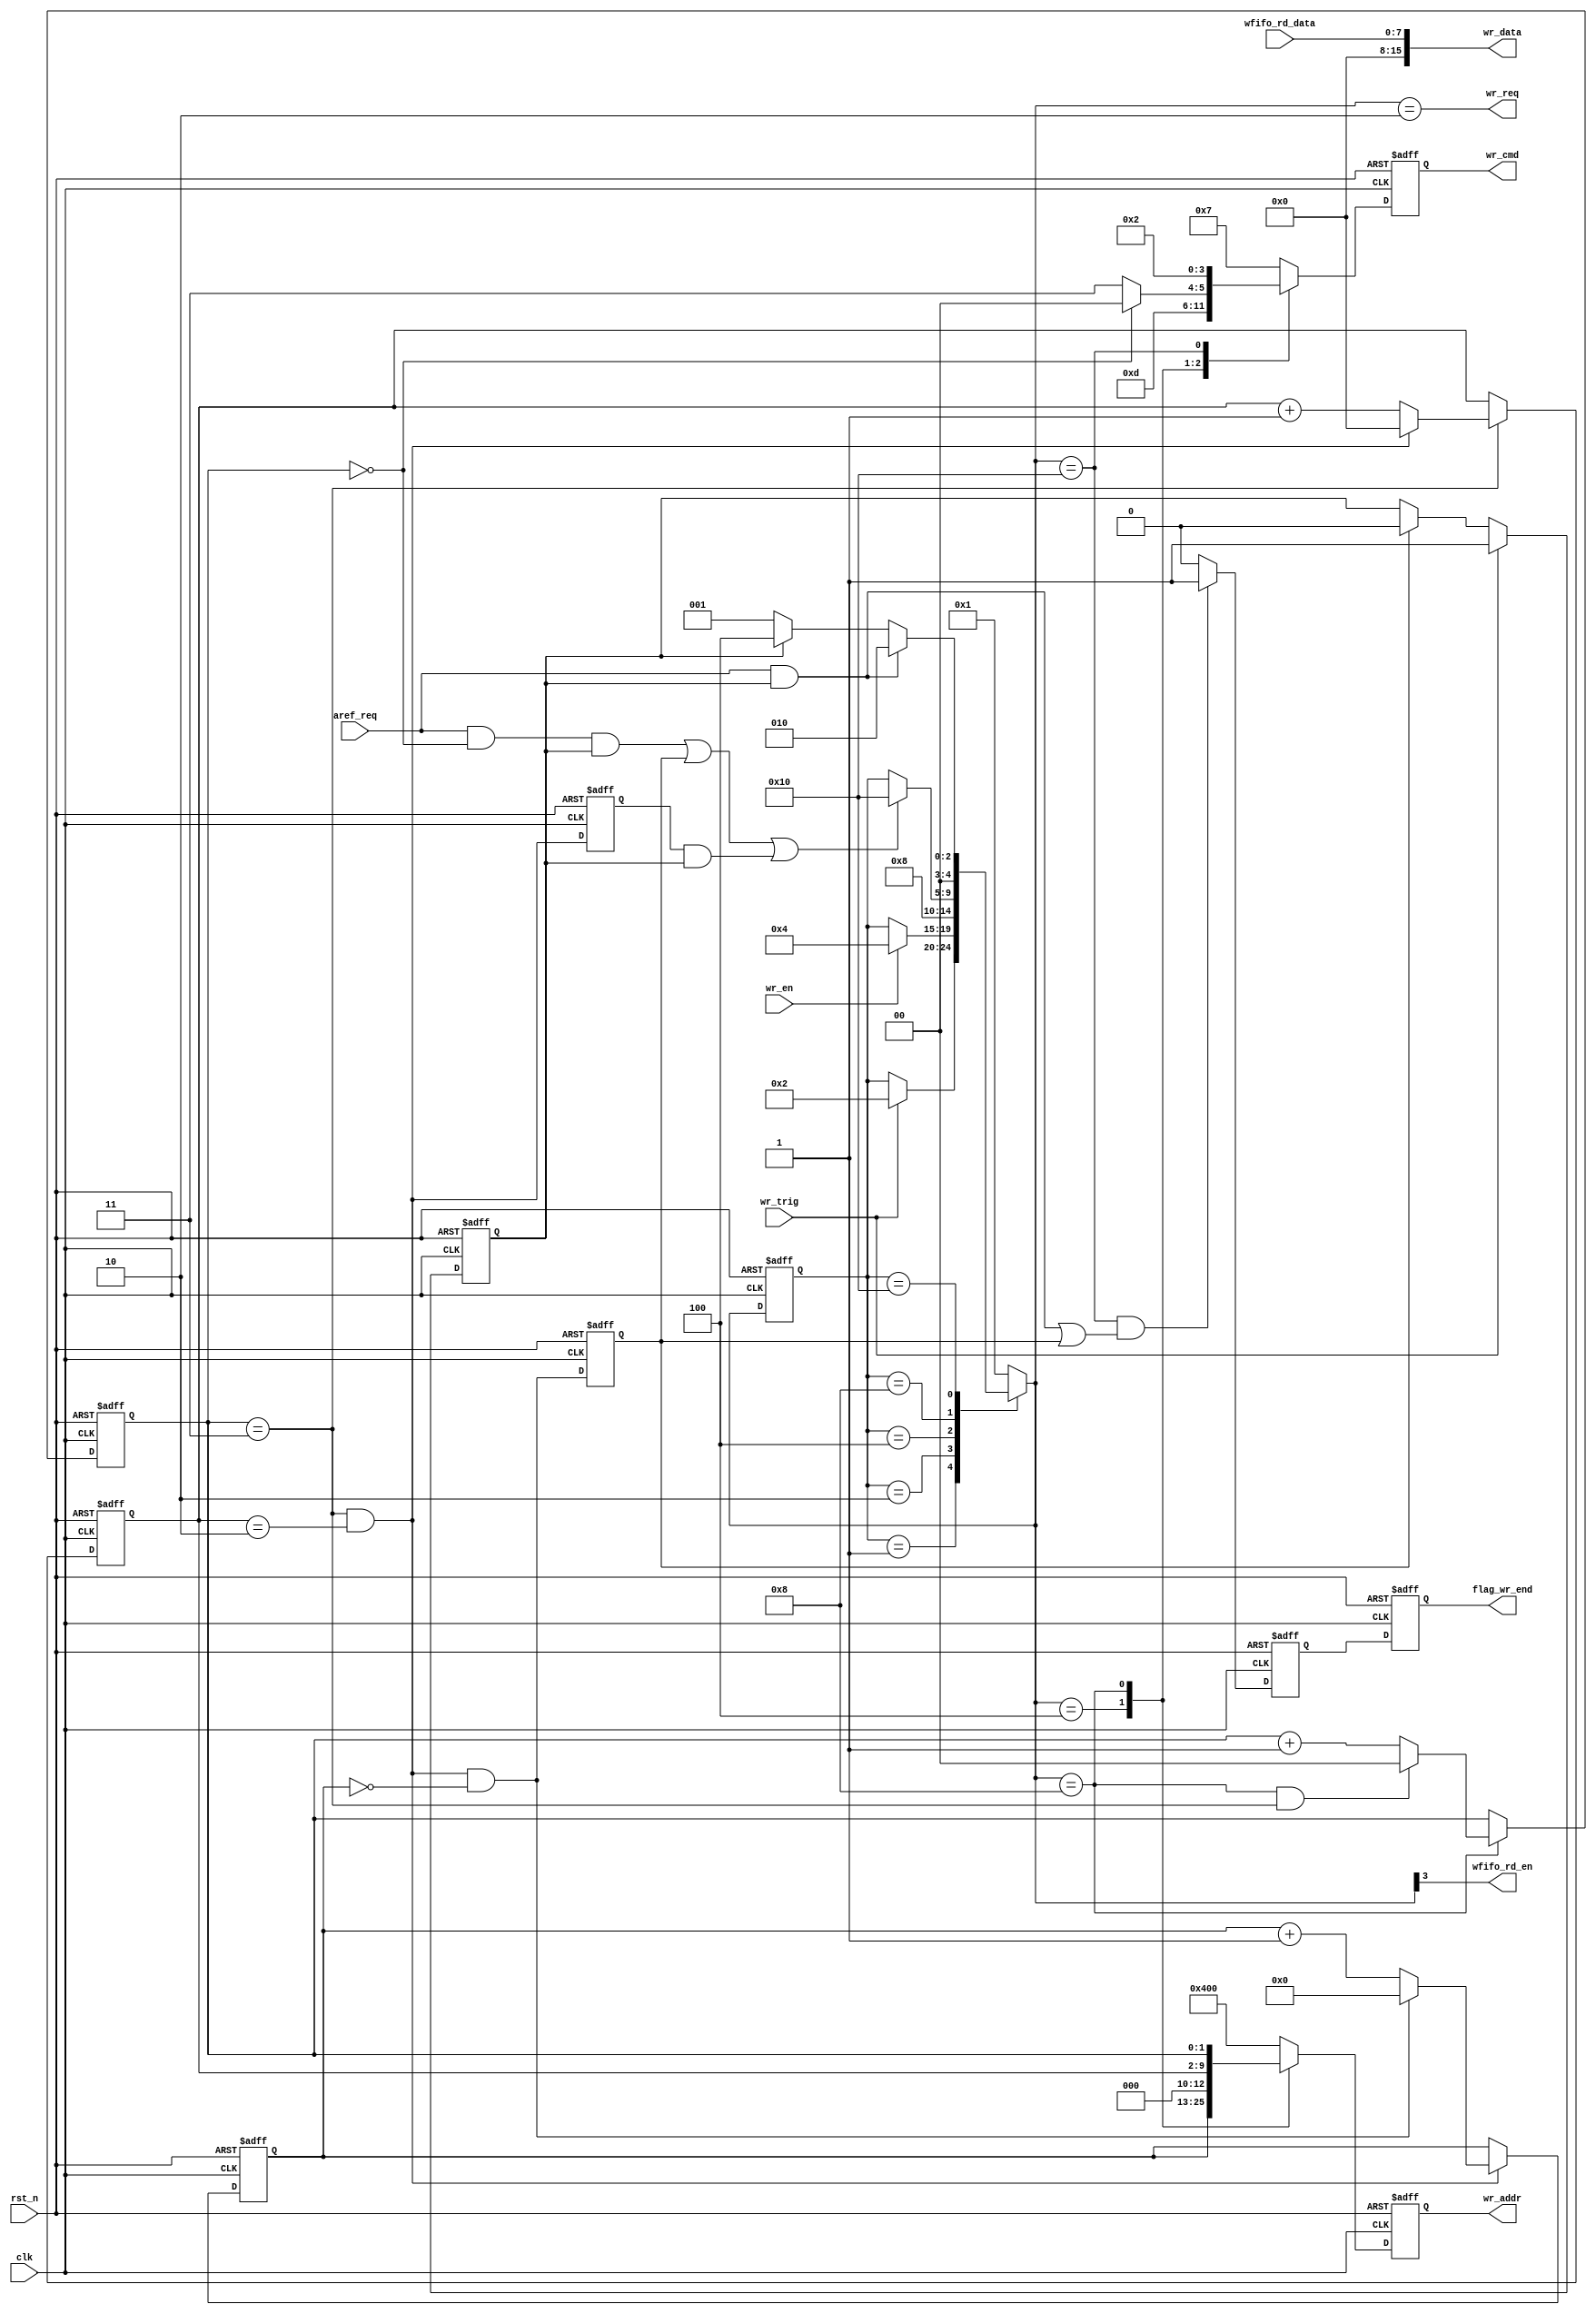
/************************************************************************
 * Create time   : 2018-04-27 15:26
 * Description   : 
 * *********************************************************************/
module  sdram_write(
        input                   clk                     ,
        input                   rst_n                   ,
        //communicate with sdram
        input                   aref_req                ,
        input                   wr_en                   ,
        input                   wr_trig                 ,
        output  wire            wr_req                  ,
        output  reg             flag_wr_end             ,
        output  reg   [ 3: 0]   wr_cmd                  ,
        output  reg   [12: 0]   wr_addr                 ,
        output  wire  [15: 0]   wr_data                 ,
        //wfifo
        output  wire            wfifo_rd_en             ,
        input         [ 7: 0]   wfifo_rd_data                     
);
//=====================================================================\
// ********** Define Parameter and Internal Signals *************
//=====================================================================/
parameter   WR_IDLE         =   5'b0_0001                       ;
parameter   WR_REQ          =   5'b0_0010                       ;
parameter   WR_ACTIVE       =   5'b0_0100                       ;
parameter   WR_WRITE        =   5'b0_1000                       ;
parameter   WR_BREAK        =   5'b1_0000                       ;
reg     [ 4: 0]                 state_c                         ;
reg     [ 4: 0]                 state_n                         ;
//CMD                                                           
parameter   CMD_PALL        =   4'b0010                         ;
parameter   CMD_NOP         =   4'b0111                         ;
parameter   CMD_AREF        =   4'b0001                         ;
parameter   CMD_WRITE       =   4'b0100                         ;
parameter   CMD_ACT         =   4'b0011                         ; 
//     
parameter   COL_END         =   3                               ;//wr_col_addr = {col_cnt,burst_cnt};  2*n
parameter   ROW_END         =   1                               ;
parameter   BURST_END       =   4                               ;

reg                             flag_wr                         ;
reg                             wr_data_end                     ;
reg                             sd_row_end                      ; 
reg                             flag_wr_end_temp                ; 
//burst_cnt
reg     [ 1: 0]                 burst_cnt                       ;
wire                            add_burst_cnt                   ;
wire                            end_burst_cnt                   ;
//col_cnt
reg     [ 7: 0]                 col_cnt                         ;
wire                            add_col_cnt                     ;
wire                            end_col_cnt                     ; 
//row_cnt
reg     [12: 0]                 row_cnt                         ;
wire                            add_row_cnt                     ;
wire                            end_row_cnt                     ; 

wire                            write_to_pre                    ; 
wire    [12: 0]                 wr_row_addr                     ;
wire    [ 9: 0]                 wr_col_addr                     ; 
//======================================================================
// ***************      Main    Code    ****************
//======================================================================
//state_c
always@(posedge clk or negedge rst_n)begin
    if(!rst_n)begin
        state_c <= WR_IDLE;
    end
    else begin
        state_c <= state_n;
    end
end

//state_n
always@(*)begin
    case(state_c)
        WR_IDLE:begin
            if(wr_trig)begin
                state_n = WR_REQ;
            end
            else begin
                state_n = state_c;
            end
        end
        WR_REQ:begin
            if(wr_en)begin
                state_n = WR_ACTIVE;
            end
            else begin
                state_n = state_c;
            end
        end
        WR_ACTIVE:begin
            state_n = WR_WRITE;
        end
        WR_WRITE:begin
            if(write_to_pre)
                state_n = WR_BREAK;
            else
                state_n = state_c;
        end
        WR_BREAK:begin
            if(aref_req == 1'b1 && flag_wr == 1'b1)
                state_n = WR_REQ;
            else if(flag_wr == 1'b1)
                state_n = WR_ACTIVE;
            else
                state_n = WR_IDLE;
        end
        default:begin
            state_n = WR_IDLE;
        end
    endcase
end


//
assign  write_to_pre    =       (aref_req == 1'b1 && burst_cnt == 'd0 && flag_wr == 1'b1) || (wr_data_end == 1'b1) || (sd_row_end == 1'b1 && flag_wr == 1'b1);

//flag_wr_end_temp
always  @(posedge clk or negedge rst_n)begin
    if(rst_n==1'b0)begin
        flag_wr_end_temp <=  1'b0;
    end
    else if((state_n == WR_BREAK) && ((aref_req == 1'b1 && flag_wr == 1'b1) || wr_data_end == 1'b1))begin
        flag_wr_end_temp <=  1'b1;
    end
    else begin
        flag_wr_end_temp <=  1'b0;
    end
end

//flag_wr_end
always  @(posedge clk or negedge rst_n)begin
    if(rst_n==1'b0)begin
        flag_wr_end <=  1'b0;
    end
    else begin
        flag_wr_end <=  flag_wr_end_temp;
    end
end



//burst_cnt
always @(posedge clk or negedge rst_n)begin
    if(!rst_n)begin
        burst_cnt <= 0;
    end
    else if(add_burst_cnt)begin
        if(end_burst_cnt)
            burst_cnt <= 0;
        else
            burst_cnt <= burst_cnt + 1;
    end
end

assign  add_burst_cnt     =       state_n == WR_WRITE;       
assign  end_burst_cnt     =       add_burst_cnt && burst_cnt == BURST_END-1;   

//flag_wr
always  @(posedge clk or negedge rst_n)begin
    if(rst_n==1'b0)begin
        flag_wr <=  1'b0;
    end
    else if(wr_trig)begin
        flag_wr <=  1'b1;
    end
    else if(wr_data_end)begin
        flag_wr <=  1'b0;
    end
end


//col_cnt
always @(posedge clk or negedge rst_n)begin
    if(!rst_n)begin
        col_cnt <= 0;
    end
    else if(add_col_cnt)begin
        if(end_col_cnt)
            col_cnt <= 0;
        else
            col_cnt <= col_cnt + 1;
    end
end

assign  add_col_cnt     =       burst_cnt == 'd3;       
assign  end_col_cnt     =       add_col_cnt && col_cnt == COL_END-1;   

//sd_row_end
always  @(posedge clk or negedge rst_n)begin
    if(rst_n==1'b0)begin
        sd_row_end  <=  1'b0;
    end
    else begin
        sd_row_end  <=  end_col_cnt;
    end
end

//row_cnt
always @(posedge clk or negedge rst_n)begin
    if(!rst_n)begin
        row_cnt <= 0;
    end
    else if(add_row_cnt)begin
        if(end_row_cnt)
            row_cnt <= 0;
        else
            row_cnt <= row_cnt + 1;
    end
end

assign  add_row_cnt     =       end_col_cnt;       
assign  end_row_cnt     =       add_row_cnt && row_cnt == ROW_END-1;   

//wr_data_end
always  @(posedge clk or negedge rst_n)begin
    if(rst_n==1'b0)begin
        wr_data_end <=  1'b0;
    end
    else begin
        wr_data_end <=  end_row_cnt;
    end
end

//wr_cmd,wr_addr
always  @(posedge clk or negedge rst_n)begin
    if(rst_n == 1'b0)begin
        wr_cmd  <=  CMD_NOP;
        wr_addr <=  13'b0_0100_0000_0000;
    end
    else begin
        case(state_n)
            WR_ACTIVE:begin
                wr_cmd  <=  CMD_ACT;
                wr_addr <=  wr_row_addr;
            end
            WR_WRITE:begin
                if(burst_cnt == 'd0)begin
                    wr_cmd  <=  CMD_WRITE;
                    wr_addr <=  {3'b000,wr_col_addr};
                end 
                else begin
                    wr_cmd  <=  CMD_NOP;
                    wr_addr <=  {3'b000,wr_col_addr};
                end
            end
            WR_BREAK:begin
                wr_cmd  <=  CMD_PALL;
                wr_addr <=  13'b0_0100_0000_0000;
            end
            default:begin
                wr_cmd  <=  CMD_NOP;
                wr_addr <=  13'b0_0100_0000_0000;
            end
        endcase
    end
end

assign  wfifo_rd_en     =       state_n[3];
assign  wr_col_addr     =       {col_cnt,burst_cnt};
assign  wr_row_addr     =       row_cnt;

assign  wr_req          =       state_n ==  WR_REQ;
assign  wr_data         =       wfifo_rd_data;




endmodule